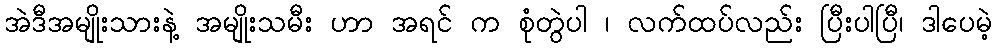
အဲဒီအမျိုးသားနဲ့ အမျိုးသမီး ဟာ အရင် က စုံတွဲပါ ၊ လက်ထပ်လည်း ပြီးပါပြီ၊ ဒါပေမဲ့